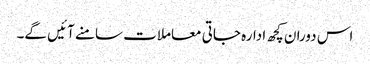
اس دوران کچھ ادارہ جاتی معاملات سامنے آئیں گے۔